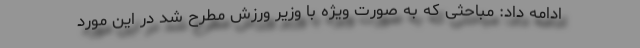
ادامه داد: مباحثی که به صورت ویژه با وزیر ورزش مطرح شد در این مورد